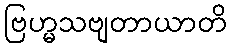
ဗြဟ္မသဗျတာယာတိ